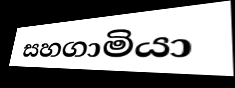
සහගාමියා